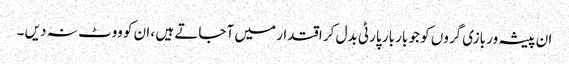
ان پیشہ ور بازی گروں کو جو بار بار پارٹی بدل کر اقتدار میں آجاتے ہیں ، ان کو ووٹ نہ دیں ۔